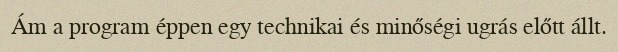
Ám a program éppen egy technikai és minőségi ugrás előtt állt.